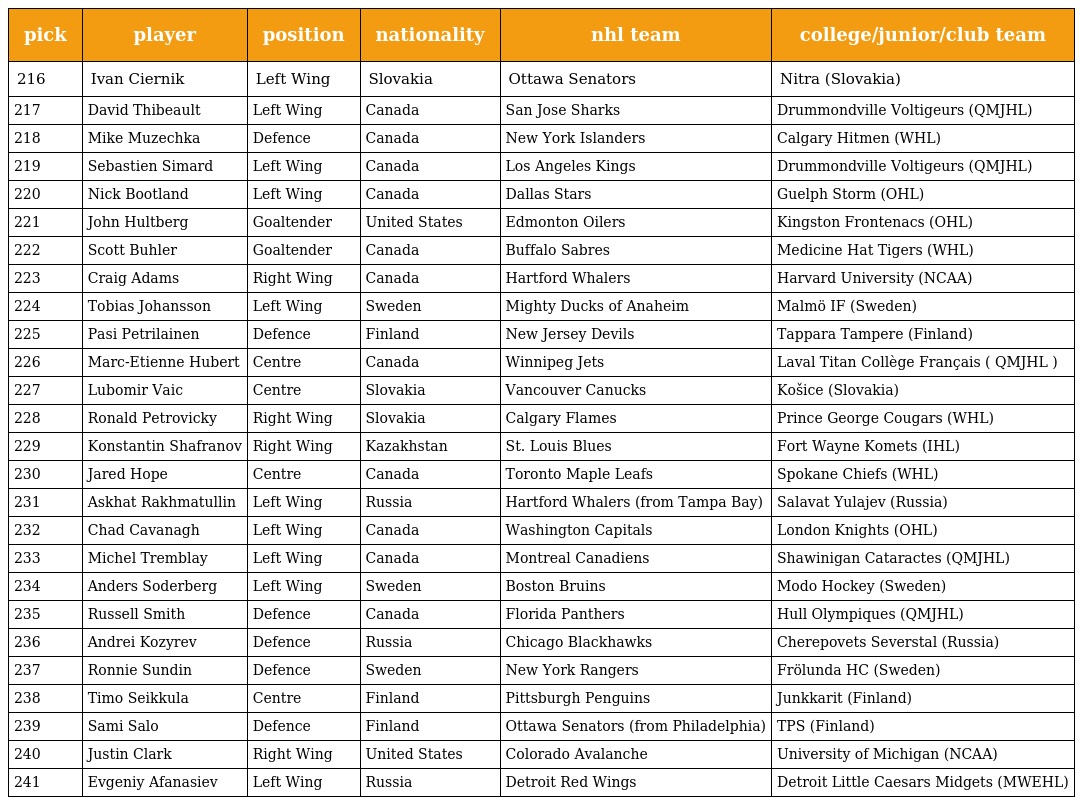
| pick | player | position | nationality | nhl team | college/junior/club team |
 | --- | --- | --- | --- | --- | --- |
 | 216 | Ivan Ciernik | Left Wing | Slovakia | Ottawa Senators | Nitra (Slovakia) |
 | 217 | David Thibeault | Left Wing | Canada | San Jose Sharks | Drummondville Voltigeurs (QMJHL) |
 | 218 | Mike Muzechka | Defence | Canada | New York Islanders | Calgary Hitmen (WHL) |
 | 219 | Sebastien Simard | Left Wing | Canada | Los Angeles Kings | Drummondville Voltigeurs (QMJHL) |
 | 220 | Nick Bootland | Left Wing | Canada | Dallas Stars | Guelph Storm (OHL) |
 | 221 | John Hultberg | Goaltender | United States | Edmonton Oilers | Kingston Frontenacs (OHL) |
 | 222 | Scott Buhler | Goaltender | Canada | Buffalo Sabres | Medicine Hat Tigers (WHL) |
 | 223 | Craig Adams | Right Wing | Canada | Hartford Whalers | Harvard University (NCAA) |
 | 224 | Tobias Johansson | Left Wing | Sweden | Mighty Ducks of Anaheim | Malmö IF (Sweden) |
 | 225 | Pasi Petrilainen | Defence | Finland | New Jersey Devils | Tappara Tampere (Finland) |
 | 226 | Marc-Etienne Hubert | Centre | Canada | Winnipeg Jets | Laval Titan Collège Français ( QMJHL ) |
 | 227 | Lubomir Vaic | Centre | Slovakia | Vancouver Canucks | Košice (Slovakia) |
 | 228 | Ronald Petrovicky | Right Wing | Slovakia | Calgary Flames | Prince George Cougars (WHL) |
 | 229 | Konstantin Shafranov | Right Wing | Kazakhstan | St. Louis Blues | Fort Wayne Komets (IHL) |
 | 230 | Jared Hope | Centre | Canada | Toronto Maple Leafs | Spokane Chiefs (WHL) |
 | 231 | Askhat Rakhmatullin | Left Wing | Russia | Hartford Whalers (from Tampa Bay) | Salavat Yulajev (Russia) |
 | 232 | Chad Cavanagh | Left Wing | Canada | Washington Capitals | London Knights (OHL) |
 | 233 | Michel Tremblay | Left Wing | Canada | Montreal Canadiens | Shawinigan Cataractes (QMJHL) |
 | 234 | Anders Soderberg | Left Wing | Sweden | Boston Bruins | Modo Hockey (Sweden) |
 | 235 | Russell Smith | Defence | Canada | Florida Panthers | Hull Olympiques (QMJHL) |
 | 236 | Andrei Kozyrev | Defence | Russia | Chicago Blackhawks | Cherepovets Severstal (Russia) |
 | 237 | Ronnie Sundin | Defence | Sweden | New York Rangers | Frölunda HC (Sweden) |
 | 238 | Timo Seikkula | Centre | Finland | Pittsburgh Penguins | Junkkarit (Finland) |
 | 239 | Sami Salo | Defence | Finland | Ottawa Senators (from Philadelphia) | TPS (Finland) |
 | 240 | Justin Clark | Right Wing | United States | Colorado Avalanche | University of Michigan (NCAA) |
 | 241 | Evgeniy Afanasiev | Left Wing | Russia | Detroit Red Wings | Detroit Little Caesars Midgets (MWEHL) |